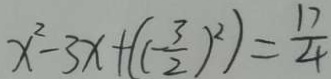
x ^ { 2 } - 3 x + ( ( - \frac { 3 } { 2 } ) ^ { 2 } ) = \frac { 1 7 } { 4 }